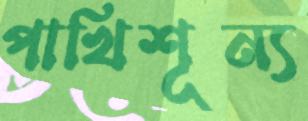
পাখিশূন্য